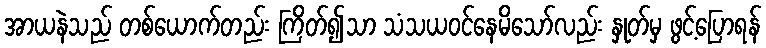
အာယနဲသည် တစ်ယောက်တည်း ကြိတ်၍သာ သံသယဝင်နေမိသော်လည်း နှုတ်မှ ဖွင့်ပြောရန်